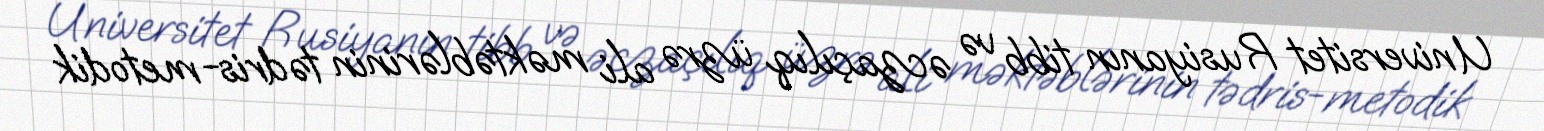
Universitet Rusiyanın tibb və əczaçılıq üzrə ali məktəblərinin tədris-metodik